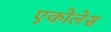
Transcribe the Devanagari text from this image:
एकोलेस